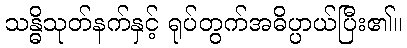
သန္ဓိသုတ်နက်နှင့် ရုပ်တွက်အဓိပ္ပာယ်ပြီး၏။